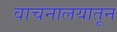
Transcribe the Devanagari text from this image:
वाचनालयातून